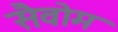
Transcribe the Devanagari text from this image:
सैवोम